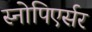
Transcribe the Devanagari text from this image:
स्नोपिएर्सर